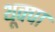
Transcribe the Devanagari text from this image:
थूक्‍पा